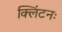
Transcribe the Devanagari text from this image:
क्लिंटनः